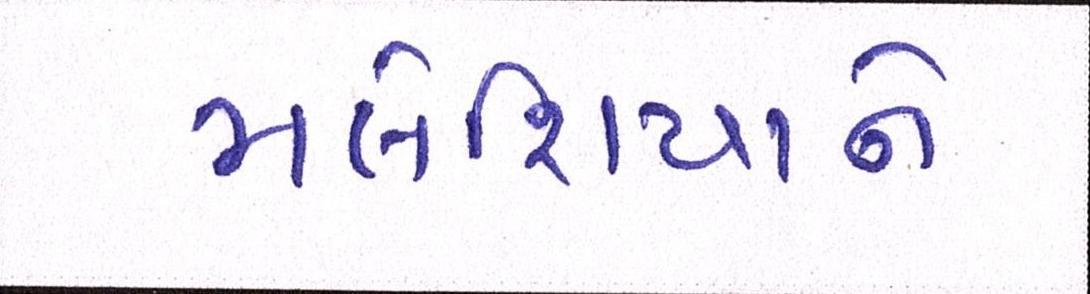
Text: મલેશિયાને